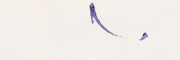
١٠